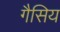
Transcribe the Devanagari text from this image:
गैसिय